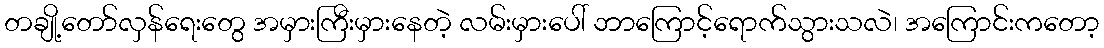
တချို့တော်လှန်ရေးတွေ အမှားကြီးမှားနေတဲ့ လမ်းမှားပေါ် ဘာကြောင့်ရောက်သွားသလဲ၊ အကြောင်းကတော့